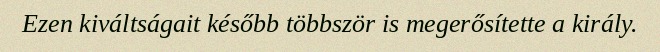
Ezen kiváltságait később többször is megerősítette a király.